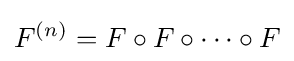
F^{(n)}=F\circ F\circ \cdots \circ F